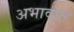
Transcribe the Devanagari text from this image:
अभावात